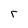
Character: r